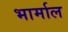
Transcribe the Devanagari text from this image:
भार्माल